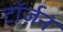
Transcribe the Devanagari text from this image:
टॉर्ज़न